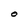
Character: O